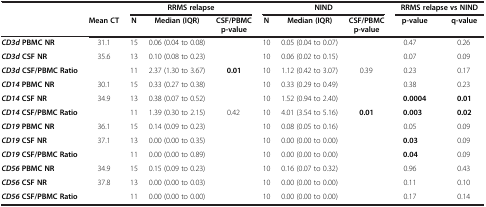
<table><thead><tr><td><b> </b></td><td><b> </b></td><td colspan="3"><b>RRMS relapse</b></td><td colspan="3"><b>NIND</b></td><td colspan="2"><b>RRMS relapse vs NIND</b></td></tr><tr><td><b> </b></td><td><b>Mean CT</b></td><td><b>N</b></td><td><b>Median (IQR)</b></td><td><b>CSF/PBMC p-value</b></td><td><b>N</b></td><td><b>Median (IQR)</b></td><td><b>CSF/PBMC p-value</b></td><td><b>p-value</b></td><td><b>q-value</b></td></tr></thead><tbody><tr><td><b><i>CD3d</i></b><b>PBMC NR</b></td><td>31.1</td><td>15</td><td>0.06 (0.04 to 0.08)</td><td> </td><td>10</td><td>0.05 (0.04 to 0.07)</td><td> </td><td>0.47</td><td>0.26</td></tr><tr><td><b><i>CD3d</i></b><b>CSF NR</b></td><td>35.6</td><td>13</td><td>0.10 (0.08 to 0.23)</td><td> </td><td>10</td><td>0.06 (0.02 to 0.15)</td><td> </td><td>0.07</td><td>0.09</td></tr><tr><td><b><i>CD3d</i></b><b>CSF/PBMC Ratio</b></td><td> </td><td>11</td><td>2.37 (1.30 to 3.67)</td><td><b>0.01</b></td><td>10</td><td>1.12 (0.42 to 3.07)</td><td>0.39</td><td>0.23</td><td>0.17</td></tr><tr><td><b><i>CD14</i></b><b>PBMC NR</b></td><td>30.1</td><td>15</td><td>0.33 (0.27 to 0.38)</td><td> </td><td>10</td><td>0.33 (0.29 to 0.49)</td><td> </td><td>0.38</td><td>0.23</td></tr><tr><td><b><i>CD14</i></b><b>CSF NR</b></td><td>34.9</td><td>13</td><td>0.38 (0.07 to 0.52)</td><td> </td><td>10</td><td>1.52 (0.94 to 2.40)</td><td> </td><td><b>0.0004</b></td><td><b>0.01</b></td></tr><tr><td><b><i>CD14</i></b><b>CSF/PBMC Ratio</b></td><td> </td><td>11</td><td>1.39 (0.30 to 2.15)</td><td>0.42</td><td>10</td><td>4.01 (3.54 to 5.16)</td><td><b>0.01</b></td><td><b>0.003</b></td><td><b>0.02</b></td></tr><tr><td><b><i>CD19</i></b><b>PBMC NR</b></td><td>36.1</td><td>15</td><td>0.14 (0.09 to 0.23)</td><td> </td><td>10</td><td>0.08 (0.05 to 0.16)</td><td> </td><td>0.05</td><td>0.09</td></tr><tr><td><b><i>CD19</i></b><b>CSF NR</b></td><td>37.1</td><td>13</td><td>0.00 (0.00 to 0.35)</td><td> </td><td>10</td><td>0.00 (0.00 to 0.00)</td><td> </td><td><b>0.03</b></td><td>0.09</td></tr><tr><td><b><i>CD19</i></b><b>CSF/PBMC Ratio</b></td><td> </td><td>11</td><td>0.00 (0.00 to 0.89)</td><td> </td><td>10</td><td>0.00 (0.00 to 0.00)</td><td> </td><td><b>0.04</b></td><td>0.09</td></tr><tr><td><b><i>CD56</i></b><b>PBMC NR</b></td><td>34.9</td><td>15</td><td>0.15 (0.09 to 0.23)</td><td> </td><td>10</td><td>0.16 (0.07 to 0.32)</td><td> </td><td>0.96</td><td>0.43</td></tr><tr><td><b><i>CD56</i></b><b>CSF NR</b></td><td>37.8</td><td>13</td><td>0.00 (0.00 to 0.03)</td><td> </td><td>10</td><td>0.00 (0.00 to 0.00)</td><td> </td><td>0.11</td><td>0.10</td></tr><tr><td><b><i>CD56</i></b><b>CSF/PBMC Ratio</b></td><td> </td><td>11</td><td>0.00 (0.00 to 0.00)</td><td> </td><td>10</td><td>0.00 (0.00 to 0.00)</td><td> </td><td>0.17</td><td>0.14</td></tr></tbody></table>